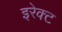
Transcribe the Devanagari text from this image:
इरेक्ट